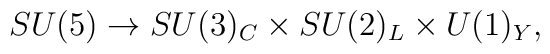
SU(5) \rightarrow SU(3)_{C} \times SU(2)_{L} \times U(1)_{Y} ,